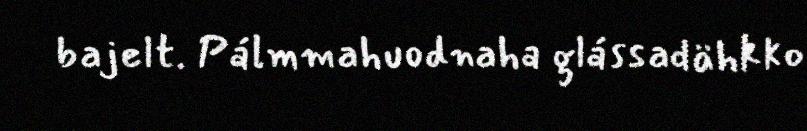
bajelt. Pálmmahuodnaha glássadähkko